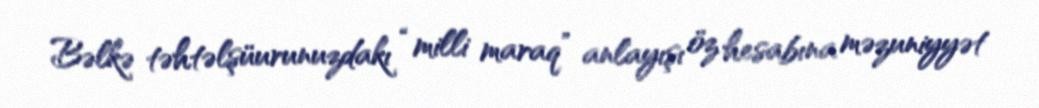
Bəlkə təhtəlşüurunuzdakı “milli maraq” anlayışı öz hesabına məzuniyyət